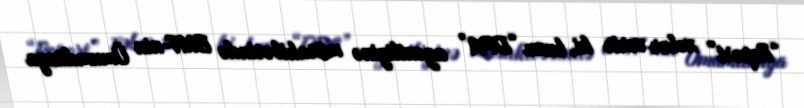
“Report” xəbər verir ki, bunu “DPA” agentliyinə müsahibəsində BMT-nin Ümumdünya